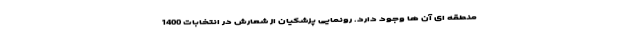
منطقه ای آن ها وجود دارد. رونمایی پزشکیان از شعارش در انتخابات 1400